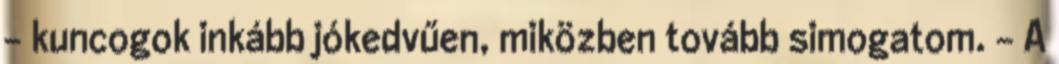
– kuncogok inkább jókedvűen, miközben tovább simogatom. – A